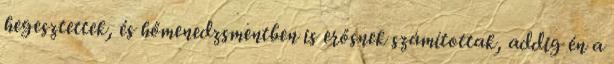
hegesztettek, és hőmenedzsmentben is erősnek számítottak, addig én a